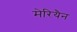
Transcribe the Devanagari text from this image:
मेरियैन